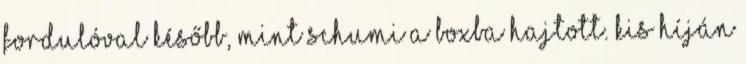
fordulóval később, mint Schumi a boxba hajtott. Kis híján